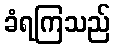
ခံရကြသည်